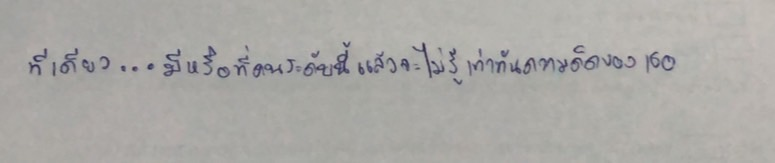
ทีเดียว...มีหรือที่คนระดับนี้แล้วจะไม่รู้เท่าทันความคิดของเธอ